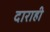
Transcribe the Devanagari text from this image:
दाराही